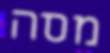
מסה